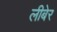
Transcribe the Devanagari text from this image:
लीबेर